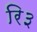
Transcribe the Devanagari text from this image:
रि३